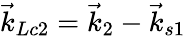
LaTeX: \vec{k}_{Lc2}=\vec{k}_{2}-\vec{k}_{s1}